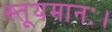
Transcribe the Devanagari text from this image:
स्तूयमानः।